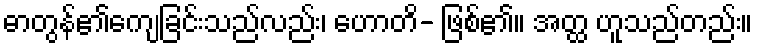
ဓာတွန်၏ကျေခြင်းသည်လည်း၊ ဟောတိ- ဖြစ်၏။ အတ္ထ ဟူသည်တည်း။